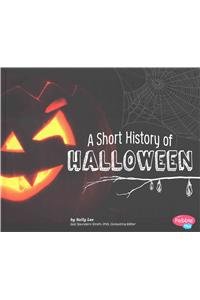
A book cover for A Short History of Halloween (Holiday Histories); Sally Lee; Children's Books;